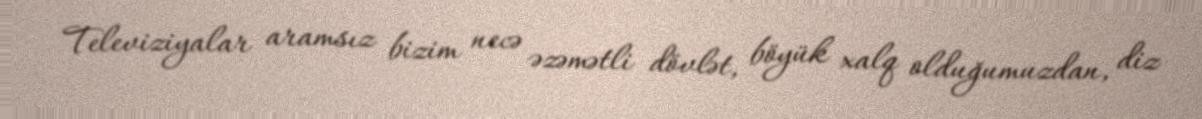
Televiziyalar aramsız bizim necə əzəmətli dövlət, böyük xalq olduğumuzdan, diz